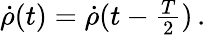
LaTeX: \begin{array}{r}{\dot{\rho}(t)=\dot{\rho}(t-\frac{T}{2})\, .}\end{array}